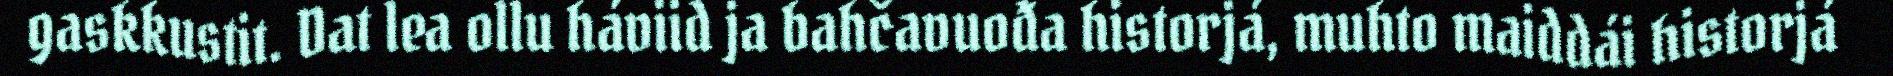
gaskkustit. Dat lea ollu háviid ja bahčavuođa historjá, muhto maiddái historjá